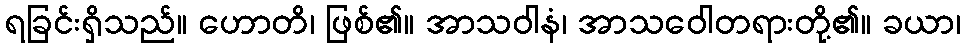
ရခြင်းရှိသည်။ ဟောတိ၊ ဖြစ်၏။ အာသဝါနံ၊ အာသဝေါတရားတို့၏။ ခယာ၊